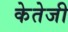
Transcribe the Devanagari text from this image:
केतेजी